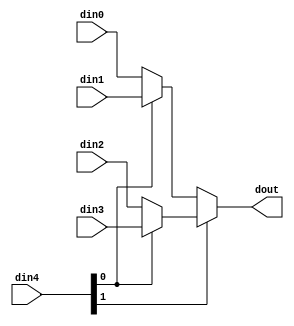
// ==============================================================
// Vivado(TM) HLS - High-Level Synthesis from C, C++ and SystemC v2019.2 (64-bit)
// Copyright 1986-2019 Xilinx, Inc. All Rights Reserved.
// ==============================================================

`timescale 1ns/1ps

module fwXbdt_mux_42_12_DeQ #(
parameter
    ID                = 0,
    NUM_STAGE         = 1,
    din0_WIDTH       = 32,
    din1_WIDTH       = 32,
    din2_WIDTH       = 32,
    din3_WIDTH       = 32,
    din4_WIDTH         = 32,
    dout_WIDTH            = 32
)(
    input  [11 : 0]     din0,
    input  [11 : 0]     din1,
    input  [11 : 0]     din2,
    input  [11 : 0]     din3,
    input  [1 : 0]    din4,
    output [11 : 0]   dout);

// puts internal signals
wire [1 : 0]     sel;
// level 1 signals
wire [11 : 0]         mux_1_0;
wire [11 : 0]         mux_1_1;
// level 2 signals
wire [11 : 0]         mux_2_0;

assign sel = din4;

// Generate level 1 logic
assign mux_1_0 = (sel[0] == 0)? din0 : din1;
assign mux_1_1 = (sel[0] == 0)? din2 : din3;

// Generate level 2 logic
assign mux_2_0 = (sel[1] == 0)? mux_1_0 : mux_1_1;

// output logic
assign dout = mux_2_0;

endmodule